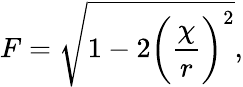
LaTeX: F=\sqrt{1-2\bigg({\frac{\chi}{r}}\bigg)^{2}},